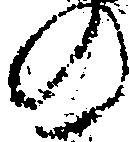
の